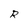
Character: R